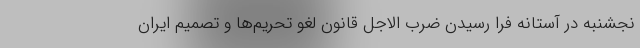
نجشنبه در آستانه فرا رسیدن ضرب الاجل قانون لغو تحریم‌ها و تصمیم ایران